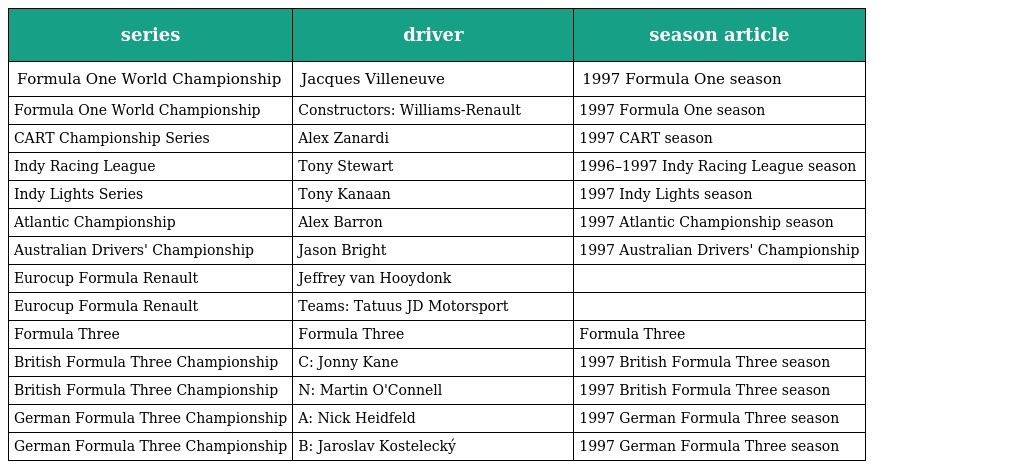
| series | driver | season article |
 | --- | --- | --- |
 | Formula One World Championship | Jacques Villeneuve | 1997 Formula One season |
 | Formula One World Championship | Constructors: Williams-Renault | 1997 Formula One season |
 | CART Championship Series | Alex Zanardi | 1997 CART season |
 | Indy Racing League | Tony Stewart | 1996–1997 Indy Racing League season |
 | Indy Lights Series | Tony Kanaan | 1997 Indy Lights season |
 | Atlantic Championship | Alex Barron | 1997 Atlantic Championship season |
 | Australian Drivers' Championship | Jason Bright | 1997 Australian Drivers' Championship |
 | Eurocup Formula Renault | Jeffrey van Hooydonk |  |
 | Eurocup Formula Renault | Teams: Tatuus JD Motorsport |  |
 | Formula Three | Formula Three | Formula Three |
 | British Formula Three Championship | C: Jonny Kane | 1997 British Formula Three season |
 | British Formula Three Championship | N: Martin O'Connell | 1997 British Formula Three season |
 | German Formula Three Championship | A: Nick Heidfeld | 1997 German Formula Three season |
 | German Formula Three Championship | B: Jaroslav Kostelecký | 1997 German Formula Three season |